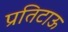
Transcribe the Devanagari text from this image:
प्रतिटाऊ